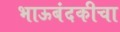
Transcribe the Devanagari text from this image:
भाऊबंदकीचा